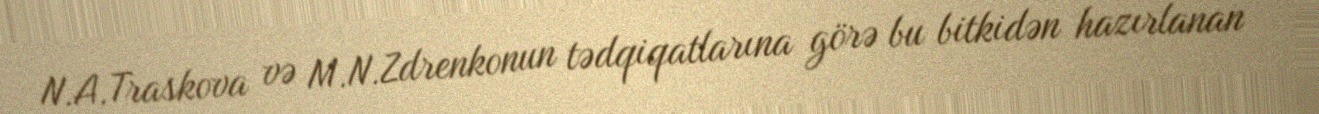
N.A.Traskova və M.N.Zdrenkonun tədqiqatlarına görə bu bitkidən hazırlanan